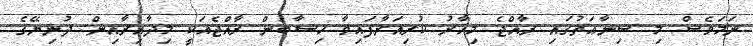
ނަމަވެސް މި ސިނާޢަތުގައި ރާއްޖެ މިހާރު ކުރިއަރާފައިވާ ހިސާބުން ރާއްޖެއަކީ މިދާއިރާއިން ދުނިޔޭގެ